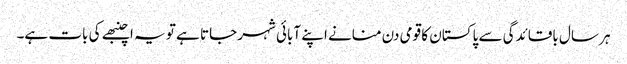
ہر سال باقائدگی سے پاکستان کا قومی دن منانے اپنے آبائی شہر جاتا ہے تو یہ اچنبھے کی بات ہے۔